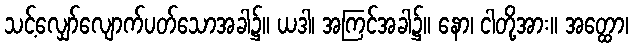
သင့်လျှော်လျောက်ပတ်သောအခါ၌။ ယဒါ၊ အကြင်အခါ၌။ နော၊ ငါတို့အား။ အတ္ထော၊